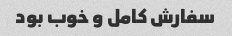
سفارش کامل و خوب بود